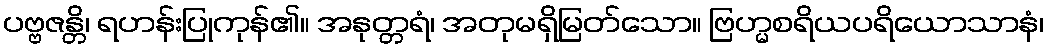
ပဗ္ဗဇန္တိ၊ ရဟန်းပြုကုန်၏။ အနုတ္တရံ၊ အတုမရှိမြတ်သော။ ဗြဟ္မစရိယပရိယောသာနံ၊